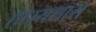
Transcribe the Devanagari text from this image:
हास्यधारा